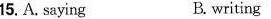
15. A. Saying B writing